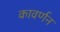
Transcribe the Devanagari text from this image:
कावर्णन